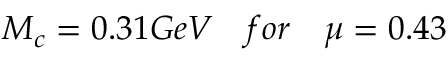
M _ { c } = 0 . 3 1 G e V ~ ~ ~ f o r ~ ~ ~ \mu = 0 . 4 3